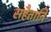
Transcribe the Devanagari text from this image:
सहैतानि